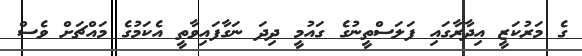
ގެ މަރުކަޒީ އިދާރާގައި ފަލަސްތީނުގެ ގައުމީ ދިދަ ނަގާފައިވާތީ އެކަމުގެ މައްޗަށް ވެސް